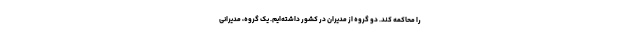
را محاکمه کند. دو گروه از مدیران در کشور داشته‌ایم. یک گروه، مدیرانی